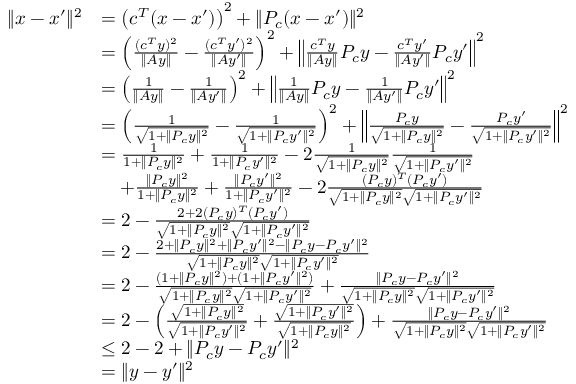
\begin{array} { r l } { \| x - x ^ { \prime } \| ^ { 2 } } & { = \left( c ^ { T } ( x - x ^ { \prime } ) \right) ^ { 2 } + \| P _ { c } ( x - x ^ { \prime } ) \| ^ { 2 } } \\ & { = \left( \frac { ( c ^ { T } y ) ^ { 2 } } { \| A y \| } - \frac { ( c ^ { T } y ^ { \prime } ) ^ { 2 } } { \| A y ^ { \prime } \| } \right) ^ { 2 } + \left\| \frac { c ^ { T } y } { \| A y \| } P _ { c } y - \frac { c ^ { T } y ^ { \prime } } { \| A y ^ { \prime } \| } P _ { c } y ^ { \prime } \right\| ^ { 2 } } \\ & { = \left( \frac { 1 } { \| A y \| } - \frac { 1 } { \| A y ^ { \prime } \| } \right) ^ { 2 } + \left\| \frac { 1 } { \| A y \| } P _ { c } y - \frac { 1 } { \| A y ^ { \prime } \| } P _ { c } y ^ { \prime } \right\| ^ { 2 } } \\ & { = \left( \frac { 1 } { \sqrt { 1 + \| P _ { c } y \| ^ { 2 } } } - \frac { 1 } { \sqrt { 1 + \| P _ { c } y ^ { \prime } \| ^ { 2 } } } \right) ^ { 2 } + \left\| \frac { P _ { c } y } { \sqrt { 1 + \| P _ { c } y \| ^ { 2 } } } - \frac { P _ { c } y ^ { \prime } } { \sqrt { 1 + \| P _ { c } y ^ { \prime } \| ^ { 2 } } } \right\| ^ { 2 } } \\ & { = \frac { 1 } { 1 + \| P _ { c } y \| ^ { 2 } } + \frac { 1 } { 1 + \| P _ { c } y ^ { \prime } \| ^ { 2 } } - 2 \frac { 1 } { \sqrt { 1 + \| P _ { c } y \| ^ { 2 } } } \frac { 1 } { \sqrt { 1 + \| P _ { c } y ^ { \prime } \| ^ { 2 } } } } \\ & { \quad + \frac { \| P _ { c } y \| ^ { 2 } } { 1 + \| P _ { c } y \| ^ { 2 } } + \frac { \| P _ { c } y ^ { \prime } \| ^ { 2 } } { 1 + \| P _ { c } y ^ { \prime } \| ^ { 2 } } - 2 \frac { ( P _ { c } y ) ^ { T } ( P _ { c } y ^ { \prime } ) } { \sqrt { 1 + \| P _ { c } y \| ^ { 2 } } \sqrt { 1 + \| P _ { c } y ^ { \prime } \| ^ { 2 } } } } \\ & { = 2 - \frac { 2 + 2 ( P _ { c } y ) ^ { T } ( P _ { c } y ^ { \prime } ) } { \sqrt { 1 + \| P _ { c } y \| ^ { 2 } } \sqrt { 1 + \| P _ { c } y ^ { \prime } \| ^ { 2 } } } } \\ & { = 2 - \frac { 2 + \| P _ { c } y \| ^ { 2 } + \| P _ { c } y ^ { \prime } \| ^ { 2 } - \| P _ { c } y - P _ { c } y ^ { \prime } \| ^ { 2 } } { \sqrt { 1 + \| P _ { c } y \| ^ { 2 } } \sqrt { 1 + \| P _ { c } y ^ { \prime } \| ^ { 2 } } } } \\ & { = 2 - \frac { ( 1 + \| P _ { c } y \| ^ { 2 } ) + ( 1 + \| P _ { c } y ^ { \prime } \| ^ { 2 } ) } { \sqrt { 1 + \| P _ { c } y \| ^ { 2 } } \sqrt { 1 + \| P _ { c } y ^ { \prime } \| ^ { 2 } } } + \frac { \| P _ { c } y - P _ { c } y ^ { \prime } \| ^ { 2 } } { \sqrt { 1 + \| P _ { c } y \| ^ { 2 } } \sqrt { 1 + \| P _ { c } y ^ { \prime } \| ^ { 2 } } } } \\ & { = 2 - \left( \frac { \sqrt { 1 + \| P _ { c } y \| ^ { 2 } } } { \sqrt { 1 + \| P _ { c } y ^ { \prime } \| ^ { 2 } } } + \frac { \sqrt { 1 + \| P _ { c } y ^ { \prime } \| ^ { 2 } } } { \sqrt { 1 + \| P _ { c } y \| ^ { 2 } } } \right) + \frac { \| P _ { c } y - P _ { c } y ^ { \prime } \| ^ { 2 } } { \sqrt { 1 + \| P _ { c } y \| ^ { 2 } } \sqrt { 1 + \| P _ { c } y ^ { \prime } \| ^ { 2 } } } } \\ & { \leq 2 - 2 + \| P _ { c } y - P _ { c } y ^ { \prime } \| ^ { 2 } } \\ & { = \| y - y ^ { \prime } \| ^ { 2 } } \end{array}